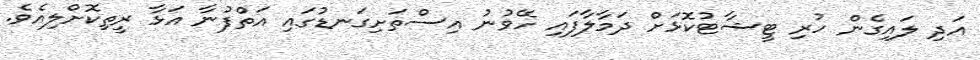
އަދި ލައިގެން ހުރި ޓީޝާޓުކޮޅަށް ދަމާލާފައި ހޭވުނު އިސްތަށިގަނޑުގައި އަތްފުނާ އަޅާ ރީތިކޮށްލިއެވެ.